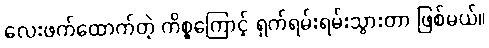
လေးဖက်ထောက်တဲ့ ကိစ္စကြောင့် ရှက်ရမ်းရမ်းသွားတာ ဖြစ်မယ်။